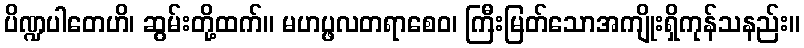
ပိဏ္ဍပါတေဟိ၊ ဆွမ်းတို့ထက်။ မဟပ္ဖလတရာစေဝ၊ ကြီးမြတ်သောအကျိုးရှိကုန်သနည်း။